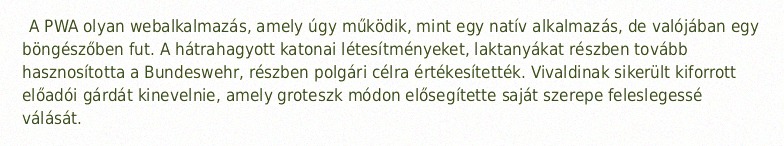
A PWA olyan webalkalmazás, amely úgy működik, mint egy natív alkalmazás, de valójában egy böngészőben fut. A hátrahagyott katonai létesítményeket, laktanyákat részben tovább hasznosította a Bundeswehr, részben polgári célra értékesítették. Vivaldinak sikerült kiforrott előadói gárdát kinevelnie, amely groteszk módon elősegítette saját szerepe feleslegessé válását.